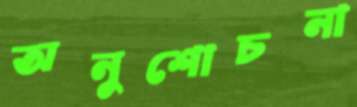
অনুশোচনা